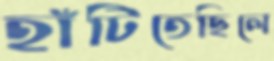
হাঁটিতেছিলে